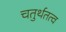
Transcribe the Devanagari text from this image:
चतुर्थतत्व